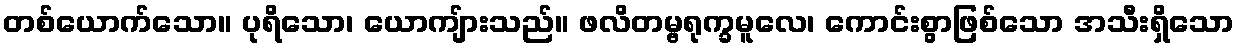
တစ်ယောက်သော။ ပုရိသော၊ ယောကျ်ားသည်။ ဖလိတမ္ဗရုက္ခမူလေ၊ ကောင်းစွာဖြစ်သော အသီးရှိသော